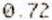
0.72